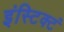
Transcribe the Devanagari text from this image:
इंस्टिक्टं